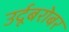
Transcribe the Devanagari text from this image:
उर्दूबरोबर